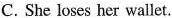
C.She loses her wallet.